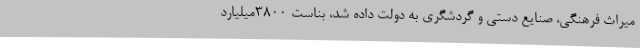
میراث فرهنگی، صنایع دستی و گردشگری به دولت داده شد، بناست 3800میلیارد